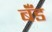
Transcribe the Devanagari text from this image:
बॅँंड